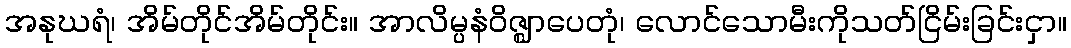
အနုဃရံ၊ အိမ်တိုင်အိမ်တိုင်း။ အာလိမ္ပနံဝိဇ္ဈာပေတုံ၊ လောင်သောမီးကိုသတ်ငြိမ်းခြင်းငှာ။